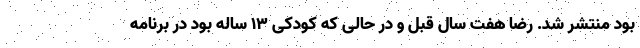
بود منتشر شد. رضا هفت سال قبل و در حالی که کودکی ۱۳ ساله بود در برنامه